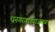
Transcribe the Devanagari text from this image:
धनगरवाड्याजवळ